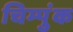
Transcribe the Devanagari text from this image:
चिम्पुंक